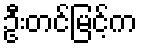
ဦးတင်မြင့်က